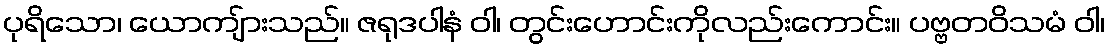
ပုရိသော၊ ယောကျ်ားသည်။ ဇရုဒပါနံ ဝါ၊ တွင်းဟောင်းကိုလည်းကောင်း။ ပဗ္ဗတဝိသမံ ဝါ၊